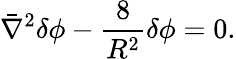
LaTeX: \bar{\nabla}^{2}\delta\phi-{\frac{8}{R^{2}}}\delta\phi=0.